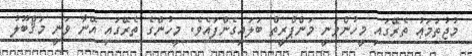
މުޖުތަމަޢު ތެރޭގައި މީހުންވަނީ މަންޕްރީތް ބަލައިގެންފައެވެ. މީހުންގެ ތެރޭގައި އޭނާ ވަނީ މަޤްބޫލު